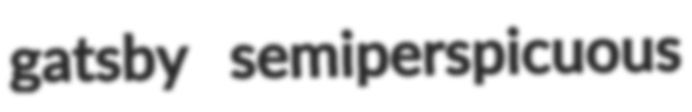
gatsby semiperspicuous